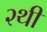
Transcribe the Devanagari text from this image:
२थी